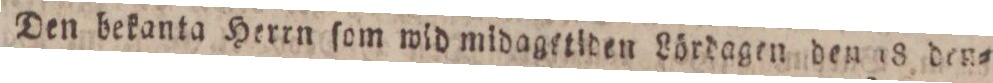
Den bekanta Herrn ſom wid midagſtiden Lördagen denn 8 den=